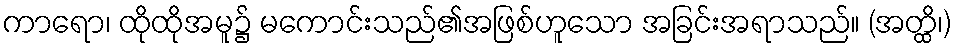
ကာရော၊ ထိုထိုအမူ၌ မကောင်းသည်၏အဖြစ်ဟူသော အခြင်းအရာသည်။ (အတ္ထိ၊)